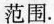
范围。